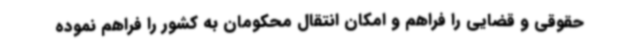
حقوقی و قضایی را فراهم و امکان انتقال محکومان به کشور را فراهم نموده